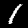
Label: 1